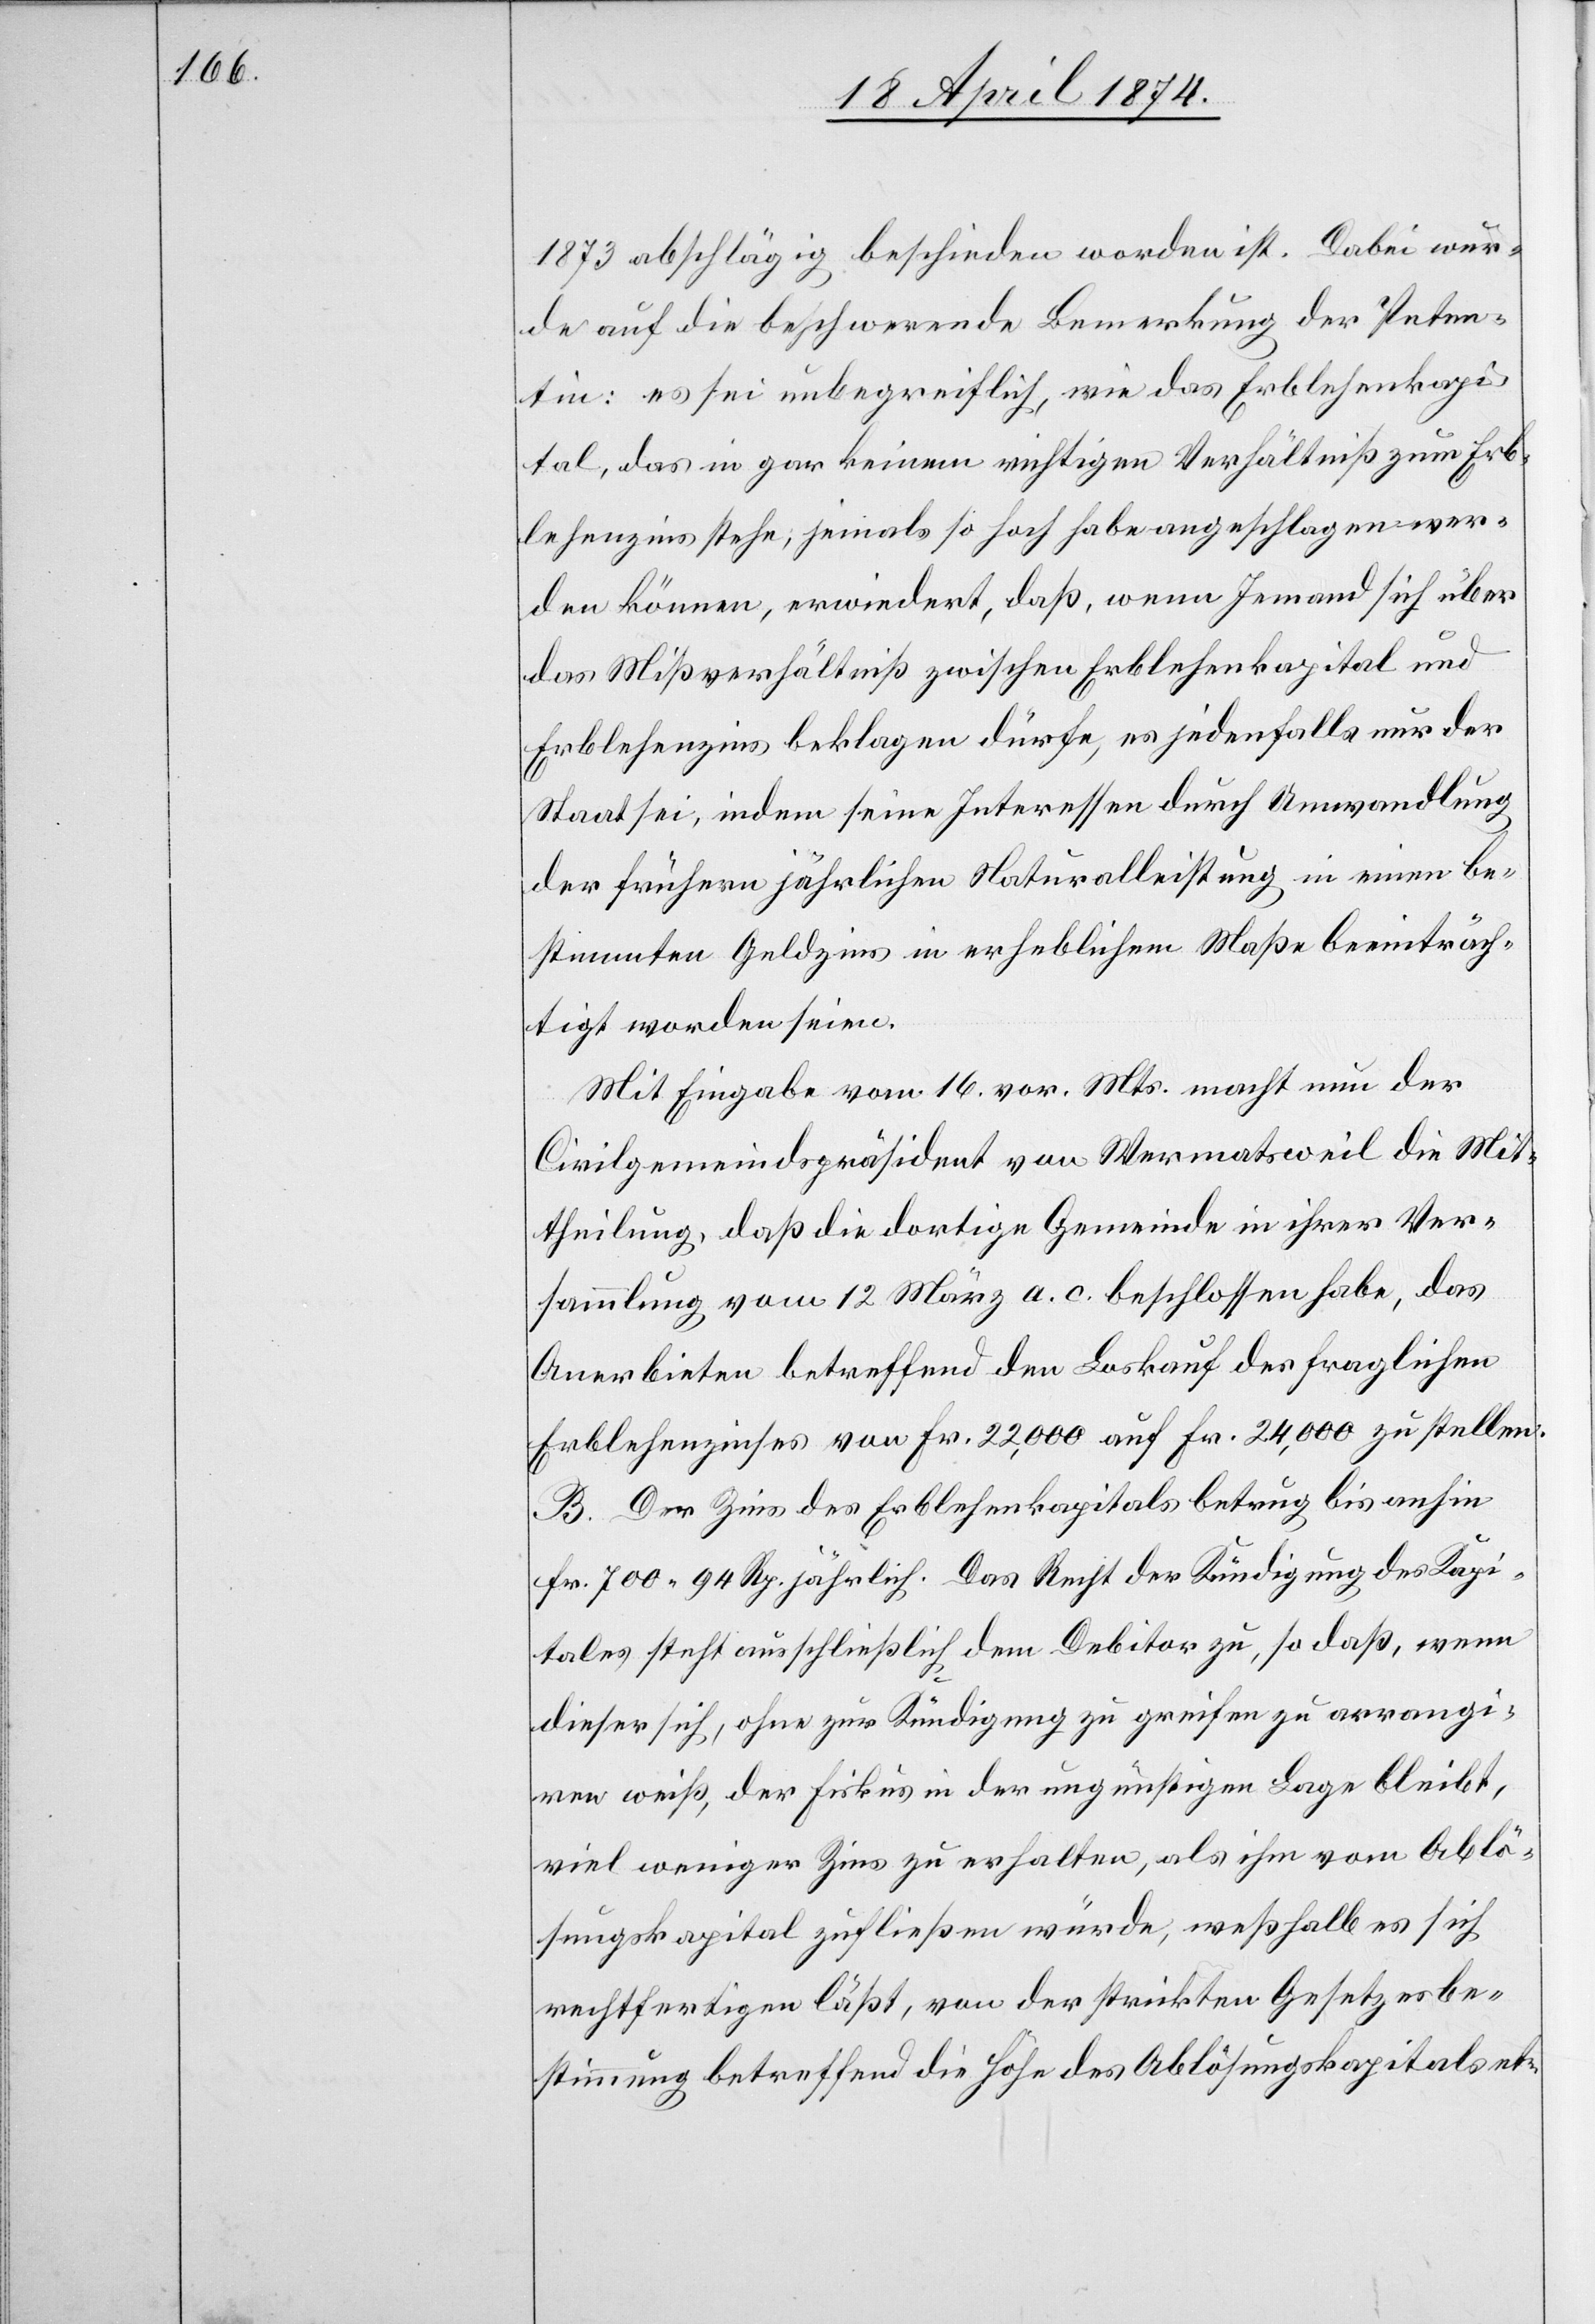
1873 abschlägig beschieden worden ist. Dabei wur¬
de auf die beschwerende Bemerkung der Peten¬
tin: es sei unbegreiflich, wie das Erblehenkapi¬
tal, das in gar keinem richtigen Verhältniß zum Erb¬
lehenzins stehe; jemals so hoch habe angeschlagen wer¬
den können, erwiedert, daß, wenn Jemand sich über
das Mißverhältniß zwischen Erblehenkapital und
Erblehenzins beklagen dürfe, es jedenfalls nur der
Staat sei, indem seine Interessen durch Umwandlung
der frühern jährlichen Naturalleistung in einen be¬
stimmten Geldzins in erheblichem Maße beeinträch¬
tigt worden seien.
Mit Eingabe vom 16. vor. Mts. macht nun der
Civilgemeindspräsident von Wermatsweil die Mit¬
theilung, daß die dortige Gemeinde in ihrer Ver¬
sammlung vom 12. März a. c. beschlossen habe, das
Anerbieten betreffend den Loskauf des fraglichen
Erblehenzinses von Fr. 22,000 auf Fr. 24,000 zu stellen.
B. Der Zins des Erblehenkapitals betrug bis anhin
Fr. 700.94 Rp. jährlich. Das Recht der Kündigung des Kapi¬
tales steht ausschließlich dem Debitor zu, so daß, wenn
dieser sich, ohne zur Kündigung zu greifen zu arrangi¬
ren weiß, der Fiskus in der ungünstigen Lage bleibt,
viel weniger Zins zu erhalten, als ihm vom Ablö¬
sungskapital zufließen würde, weßhalb es sich
rechtfertigen läßt, von der strikten Gesetzesbe¬
stimmung betreffend die Höhe des Ablösungskapitals et-